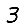
Digit: 3